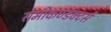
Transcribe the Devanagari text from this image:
सेमीकण्डक्टर्स